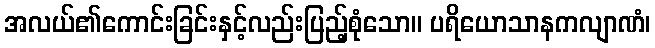
အလယ်၏ကောင်းခြင်းနှင့်လည်းပြည့်စုံသော။ ပရိယောသာနကလျာဏံ၊